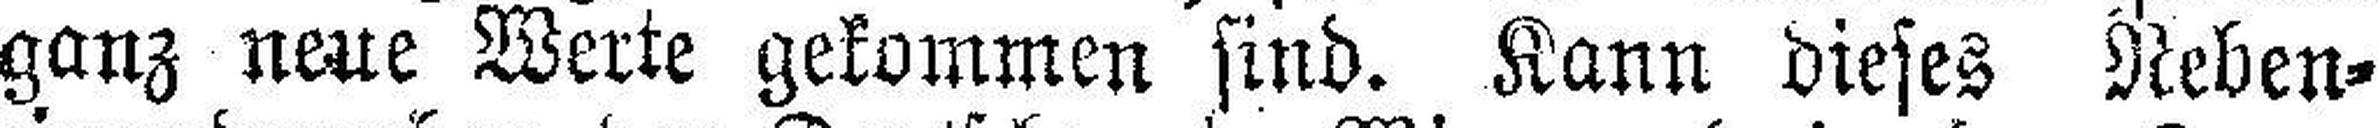
ganz neue Werte gekommen sind. Kann dieses Neben¬